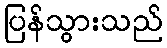
ပြန်သွားသည်